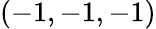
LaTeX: (-1,-1,-1)